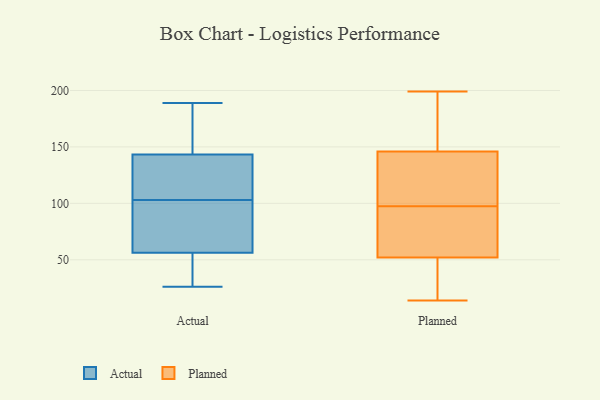
{"axis": {"x": "Bounce Rate (%)", "y": "Value"}, "legend": ["Actual", "Planned"], "data": [{"x": "", "y": 123, "type": "Actual"}, {"x": "", "y": 142, "type": "Actual"}, {"x": "", "y": 98, "type": "Actual"}, {"x": "", "y": 26, "type": "Actual"}, {"x": "", "y": 178, "type": "Actual"}, {"x": "", "y": 103, "type": "Actual"}, {"x": "", "y": 31, "type": "Actual"}, {"x": "", "y": 147, "type": "Actual"}, {"x": "", "y": 48, "type": "Actual"}, {"x": "", "y": 189, "type": "Actual"}, {"x": "", "y": 111, "type": "Actual"}, {"x": "", "y": 59, "type": "Actual"}, {"x": "", "y": 65, "type": "Actual"}, {"x": "", "y": 107, "type": "Planned"}, {"x": "", "y": 187, "type": "Planned"}, {"x": "", "y": 16, "type": "Planned"}, {"x": "", "y": 48, "type": "Planned"}, {"x": "", "y": 52, "type": "Planned"}, {"x": "", "y": 122, "type": "Planned"}, {"x": "", "y": 133, "type": "Planned"}, {"x": "", "y": 168, "type": "Planned"}, {"x": "", "y": 161, "type": "Planned"}, {"x": "", "y": 199, "type": "Planned"}, {"x": "", "y": 146, "type": "Planned"}, {"x": "", "y": 89, "type": "Planned"}, {"x": "", "y": 91, "type": "Planned"}, {"x": "", "y": 64, "type": "Planned"}, {"x": "", "y": 61, "type": "Planned"}, {"x": "", "y": 44, "type": "Planned"}, {"x": "", "y": 14, "type": "Planned"}, {"x": "", "y": 104, "type": "Planned"}]}